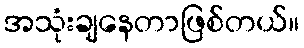
အသုံးချနေတာဖြစ်တယ်။